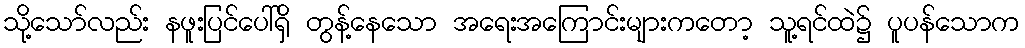
သို့သော်လည်း နဖူးပြင်ပေါ်ရှိ တွန့်နေသော အရေးအကြောင်းများကတော့ သူ့ရင်ထဲ၌ ပူပန်သောက